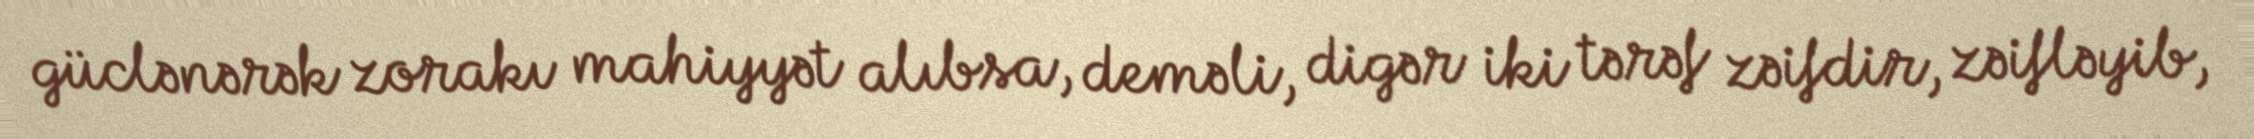
güclənərək zorakı mahiyyət alıbsa, deməli, digər iki tərəf zəifdir, zəifləyib,